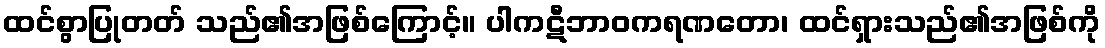
ထင်စွာပြုတတ် သည်၏အဖြစ်ကြောင့်။ ပါကဋီဘာဝကရဏတော၊ ထင်ရှားသည်၏အဖြစ်ကို